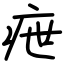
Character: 疶